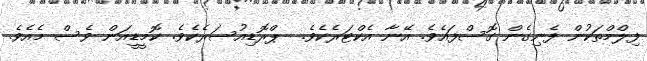
ފިލްމްތަކުން ފެނިގެން ގޮސްފައެވެ. އޭނާ އެކްޓަރެކެވެ.  ޕްރޮޑިއުސަރެކެވެ. ކޮމީޑީއަން ވެސް މެއެވެ.